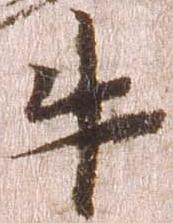
牛